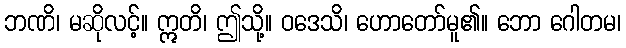
ဘဏိ၊ မဆိုလင့်။ ဣတိ၊ ဤသို့။ ဝဒေသိ၊ ဟောတော်မူ၏။ ဘော ဂေါတမ၊